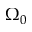
\Omega _ { 0 }